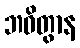
ဘဝိတွာန